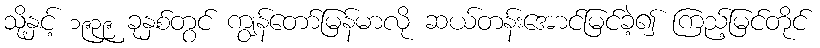
သို့နှင့် ၁၉၃၉ ခုနှစ်တွင် ကျွန်တော်မြန်မာလို ဆယ်တန်းအောင်မြင်ခဲ့၍ ကြည့်မြင်တိုင်